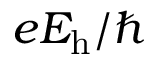
e E _ { \mathrm { h } } / \hbar